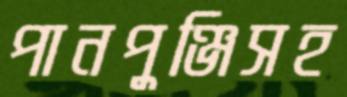
পানপুঞ্জিসহ